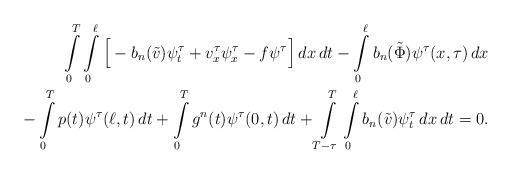
LaTeX: \begin{align*}\int\limits_0^T\int\limits_0^{\ell}\Big[-b_n(\tilde v)\psi_t^{\tau} +v_x^{\tau}\psi_x^{\tau} -f\psi^{\tau}\Big]\,dx\,dt -\int\limits_0^{\ell}b_n(\tilde\Phi)\psi^{\tau}(x,\tau)\,dx \\ -\int\limits_0^Tp(t)\psi^{\tau}(\ell,t)\,dt +\int\limits_0^Tg^n(t)\psi^{\tau}(0,t)\,dt + \int\limits_{T-\tau}^T\int\limits_0^{\ell}b_n(\tilde v)\psi_t^{\tau}\,dx\,dt = 0 .\end{align*}